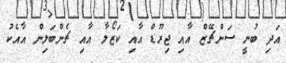
އަދި ބުނީ ސަންޗޭޒް އާއި ޖިރޫޑް އާއި ކަޒޯލާ އާއި ޗެންބަލިން އާއެކު